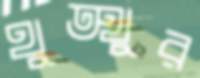
থুত্থুর